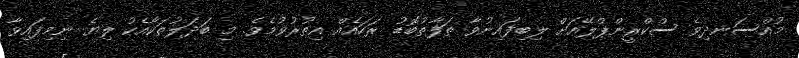
މުއްސަނދިވެ ސްކްރީންޕްލޭއަށް ލިބިފައިނުވާ ތަފާތުބޮޑު ރަހައެއް އިތުރުވުމެވެ. މި ބަދަލުތަކާއެކު ލިޔެ ނިމިފައިވާ